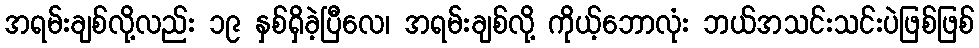
အရမ်းချစ်လို့လည်း ၁၉ နှစ်ရှိခဲ့ပြီလေ၊ အရမ်းချစ်လို့ ကိုယ့်ဘောလုံး ဘယ်အသင်းသင်းပဲဖြစ်ဖြစ်